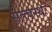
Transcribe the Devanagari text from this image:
सत्त्वस्थः